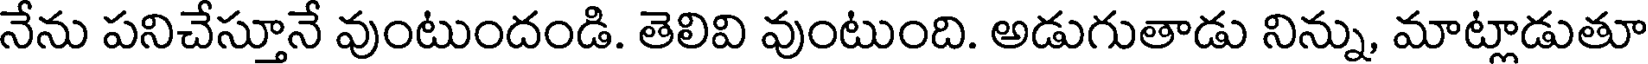
నేను పనిచేస్తూనే వుంటుందండి. తెలివి వుంటుంది. అడుగుతాడు నిన్ను, మాట్లాడుతూ